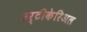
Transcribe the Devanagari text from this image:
उर्टीकेरिअल